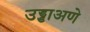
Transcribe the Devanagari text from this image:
उड्डाअणे